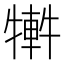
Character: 𤛕